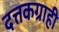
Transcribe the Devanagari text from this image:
दत्तकग्राही